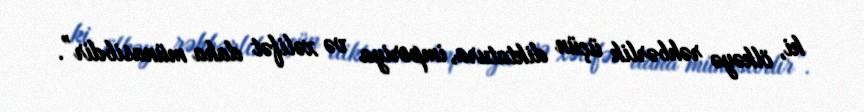
ki, ölkəyə rəhbərlik üçün diktatura, imperiya və xəlifət daha münasibdir”.